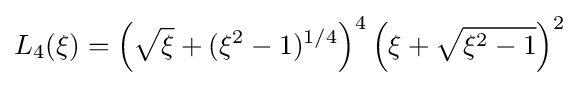
L_{4}(\xi )=\left({\sqrt {\xi }}+(\xi ^{2}-1)^{1/4}\right)^{4}\left(\xi +{\sqrt {\xi ^{2}-1}}\right)^{2}